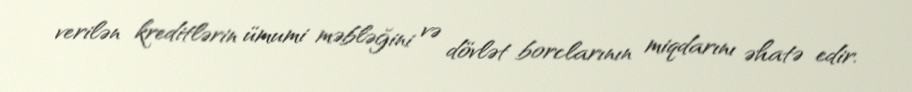
verilən kreditlərin ümumi məbləğini və dövlət borclarının miqdarını əhatə edir.